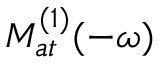
{ \cal M } _ { a t } ^ { ( 1 ) } ( - \omega )